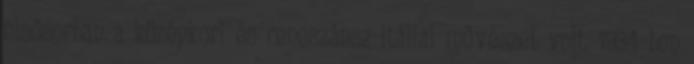
elsősorban a középkori és reneszánsz itáliai művészet volt. 1934-ben